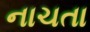
નાચતા